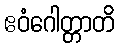
ဧဝံဂေါတ္တာတိ